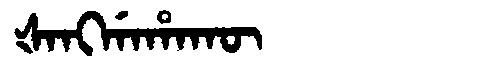
Manchu: ᡧᠠᠩᡤᠠᡥᠠᡴᡡ
Romanization: ŠANGGAHAKŪ